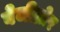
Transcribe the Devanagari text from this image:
वेजीब्रोर